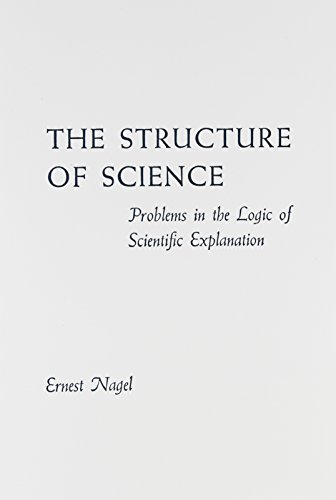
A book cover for The Structure of Science: Problems in the Logic of Scientific Explanation (2nd edition); Ernest Nagel; Politics & Social Sciences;